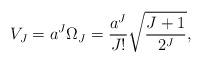
LaTeX: \begin{align*}V_J = a^J \Omega_J = {a^J\over J!}\sqrt{{J + 1} \over 2^J},\end{align*}